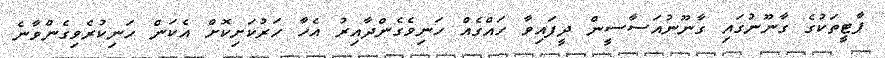
ޕާޓީތަކުގެ ގާނޫނުގައި ގާނޫނުއަސާސީން ދީފައިވާ ހައްގެއް ހަނިވެގެންދާއިރު އެހާ ހަރުކަށިކޮށް އެކަން ހަނިކުރެވިގެންވާނެ